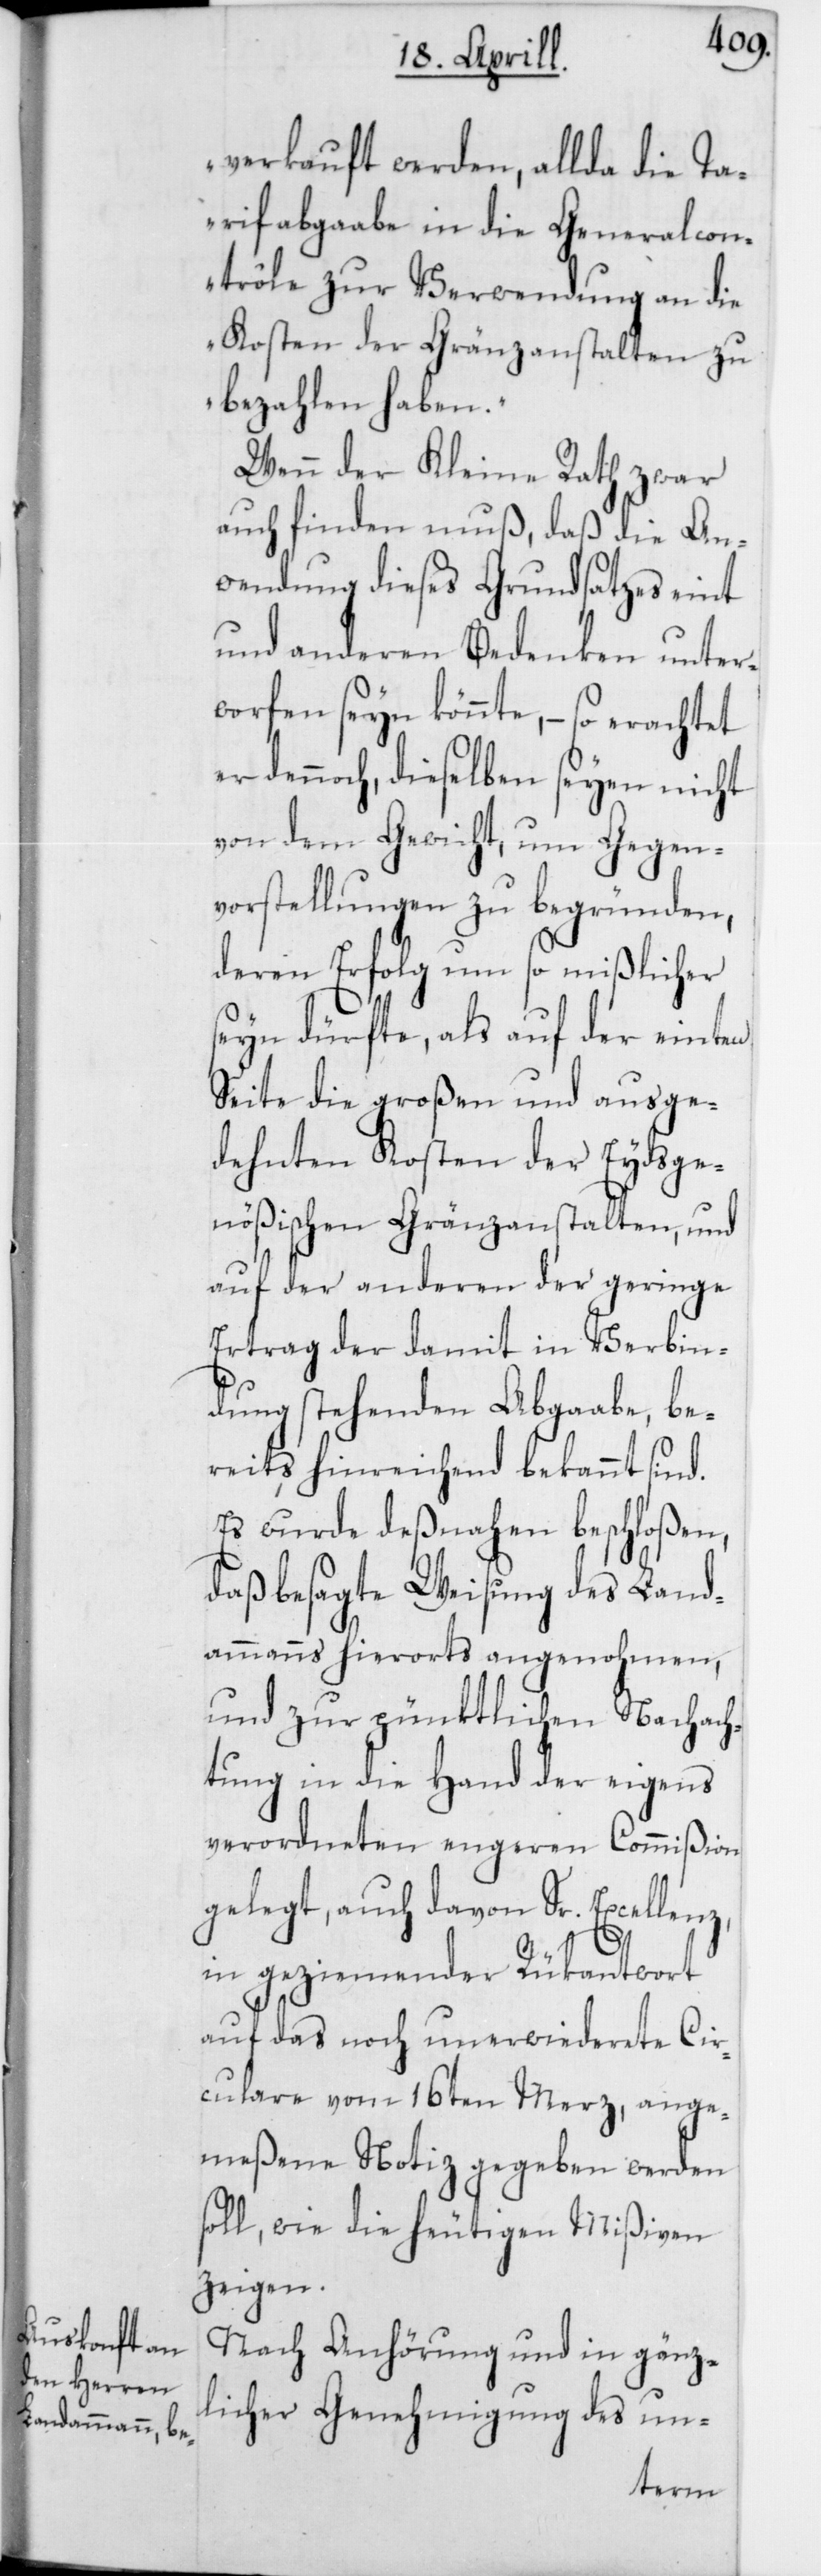
verkauft werden, allda die Ta¬
rifabgaabe in die Generalcon¬
trôle zur Verwendung an die
Kosten der Gränzanstalten zu
bezahlen haben.“
Wenn der Kleine Rath zwar
auch finden muß, daß die An¬
wendung dieses Grundsatzes eint
und anderen Bedenken unter¬
worfen seyn könnte, – so erachtet
er dennoch, dieselben seyen nicht
von dem Gewicht, um Gegen¬
vorstellungen zu begründen,
deren Erfolg um so mißlicher
seyn dürfte, als auf der einten
Seite die großen und ausge¬
dehnten Kosten der Eydsge¬
nößischen Gränzanstalten, und
auf der anderen der geringe
Ertrag der damit in Verbin¬
dung stehenden Abgaabe, be¬
reits hinreichend bekannt sind.
Es wurde deßnahen beschloßen,
daß besagte Weisung des Land¬
ammanns hierorts angenohmen,
und zur pünktlichen Nachach¬
tung in die Hand der eigens
verordneten engeren Commißion
gelegt, auch davon Sr. Excellenz,
in geziemender Rückantwort
auf das noch unerwiederete Cir¬
culare vom 16ten Merz, ange¬
meßene Notiz gegeben werden
soll, wie die heutigen Mißiven
zeigen.
Nach Anhörung und in gänz¬
licher Genehmigung des un-